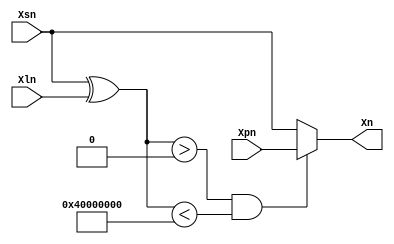
module output_func_stream_I(Xpn,Xsn,Xn,Xln);

parameter T= (1<<30);

input [31:0]Xpn,Xsn,Xln;
output reg [31:0]Xn;

wire [31:0]Xth;

assign Xth=(Xsn^Xln);

always @(*)
begin
  if(Xth>0 & Xth<T)
    begin
      Xn=Xpn;
    end
  else
    begin
      Xn=Xsn;
    end

end


endmodule